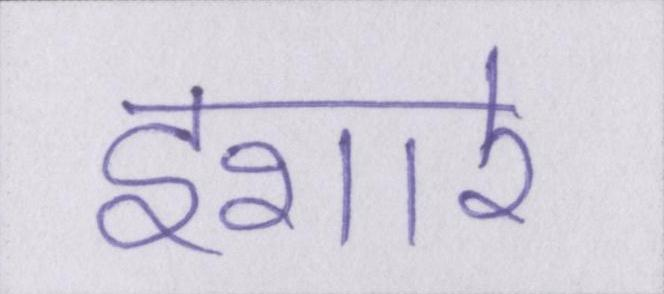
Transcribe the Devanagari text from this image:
इशारे